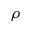
\rho